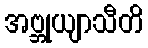
အဗ္ဘုယျာသီတိ